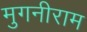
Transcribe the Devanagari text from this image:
मुगनीराम